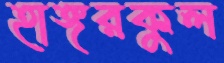
হাঙ্গরকুল